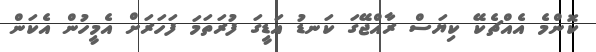
ކޮންމެ އެއްޗެކޭ ކިޔަސް ރާއްޖޭގަ ކަނޑު އަޑީގަ ފުރަތަމަ ފަހަރަށް އެމީހުން އެކަން